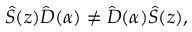
{ \hat { S } } ( z ) { \hat { D } } ( \alpha ) \neq { \hat { D } } ( \alpha ) { \hat { S } } ( z ) ,